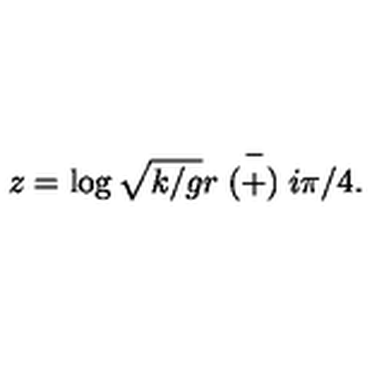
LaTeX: z = \log \sqrt { k / g } r \stackrel { - } { ( + ) } i \pi / 4 .